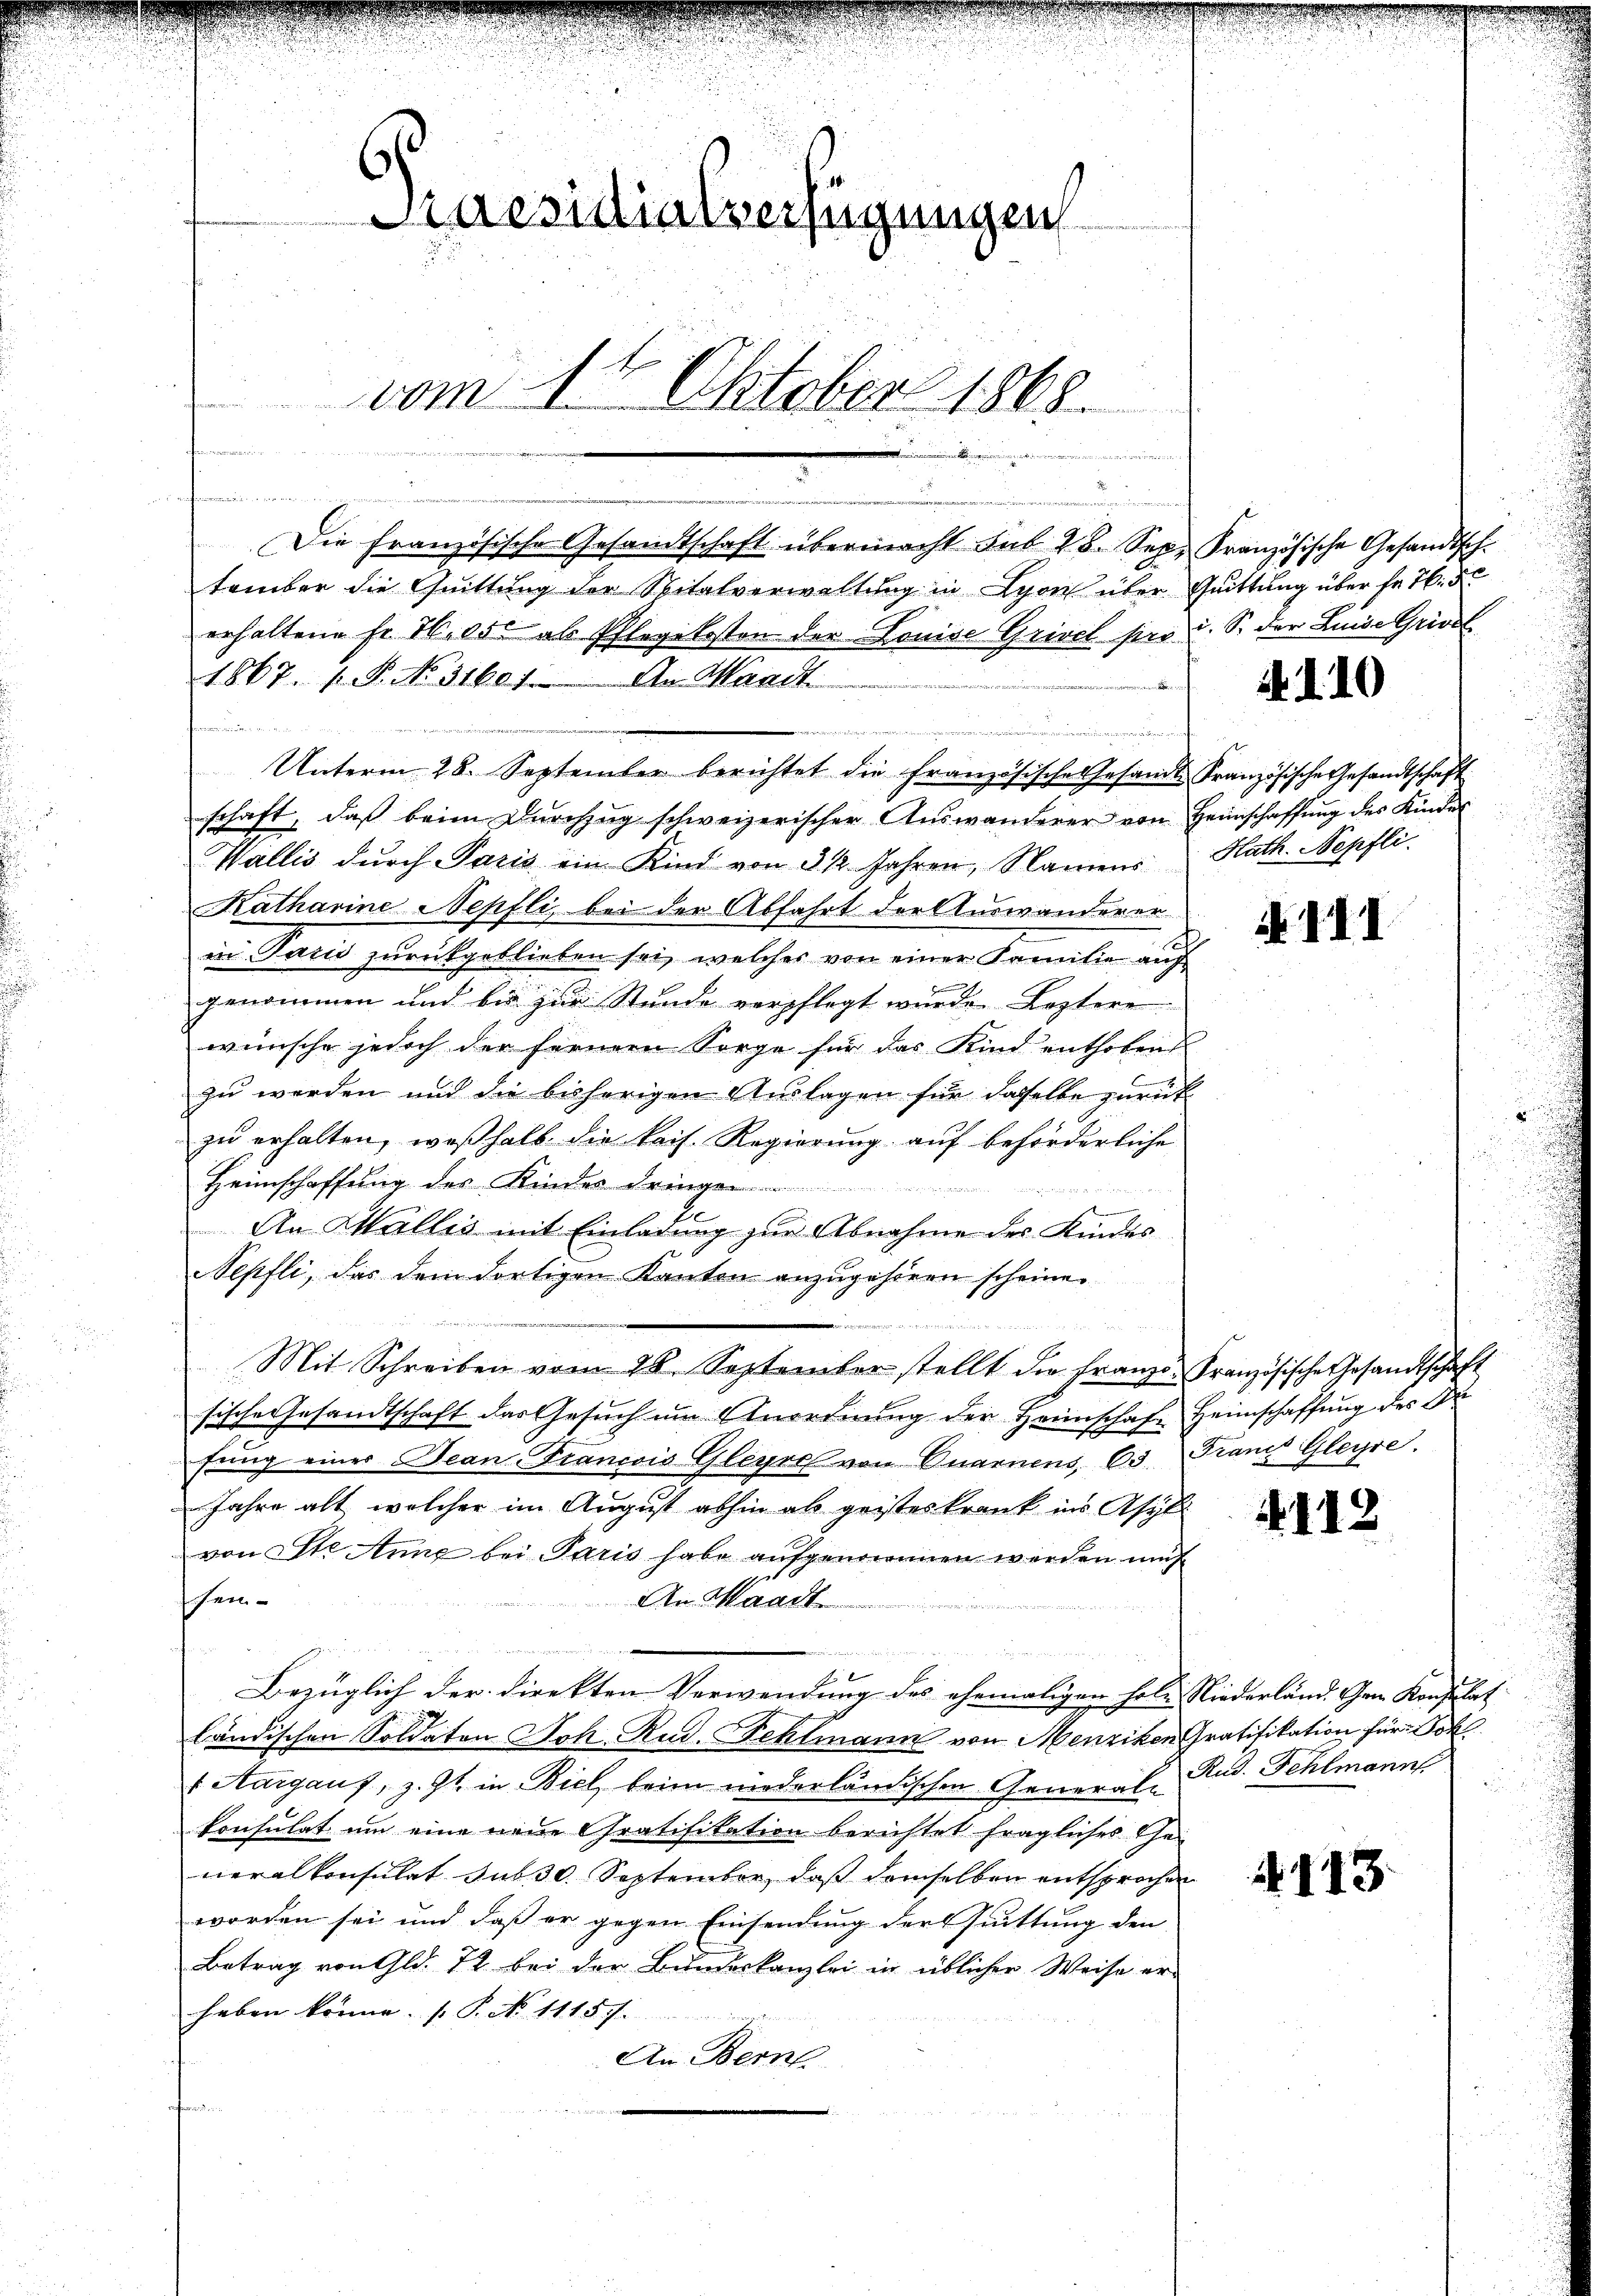
Caesidialverfügungen
vom 14 Oktober 1868.

e
cirung

nhemnommenen gen
Die französische Gesandtschaft übermacht sub 28. Sep. Französische Gesandtsch-
tember die Quittung der Spitalverwaltung in Lyon über
erhaltene Fr. 16,050 ab Pflegekosten der Louise Grivel sies i. S. der Linie Grivel
1867. 1. P. No. 31607. An Waadt
.

nien der die n
Unterm 28. September berichtet die französische Gesandt Französische Gesandtschaft
schaft, daβ beim Dŭrchzŭg schweizerischer Aŭswanderer von Heimschaffŭng des Kinder
Wallis durch Paris ein Kind von 3 1/2 Jahren, Namens
Katharine Nepfli, bei der Abfahrt der Auswanderer
A
in Paris zurückgeblieben sei, welcher von einer Familie auf
genommen und bis zur Stunde verpflegt wurde. Leztere
wünsche jedoch der fernern Sorge für das Kind enthoben
zu werden und die bisherigen Auslagen für daselbe zurück
zu erhalten, weßhalb die kais. Regierung auf beförderliche
Heimschaffung des Kindes dringen

An Wallis mit Einladung zur Abnahme des Kindes
Nepfli, das dem dortigen Kanton anzugehören scheine.
Mit Schreiben vom 28. September stellt die Franze Französische Gesandtschaft
sische Gesandtschaft das Gesuch um Anordnung der Heimschaft Heimschaffung des Dr
fŭng einer Bean-Francois Gleyres von Quarnens, 63. Franz Gleyre.
Jahre alt, welcher im August abhin als geisteskrank ins Asyl
von St. Nung bei Paris habe aufgenommen werden mus
14
An Waadt
ee in der desse
Bezüglich der Direkten Verwendung des ehemaligen hole Niederländ. Gen. Konsulat
ländischen Soldaten Joh. Rud. Fehlmann von Menziken Gratifikation für Joh
 Aargaus, z. Zt. in Biel beim niederländischen General-Rud. Fehlmanns
konsulat um eine neue Gratifikation berichtet fragliches Generalkonsulat sub 30. September, daß demselben entsprochen
worden sei und daß er gegen Einsendung der suittung den
Betrag von Gld. 72 bei der Bundeskanzlei in üblicher Weise er-
haben könne. P. No 1115 f.
An Bern
rfami

Quittung über Fr. 16. d.

. 1. 10

Kath. Nepfli

111

4112

4113